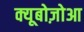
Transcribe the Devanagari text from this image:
क्यूबोज़ोआ